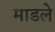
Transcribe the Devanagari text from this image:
माडले